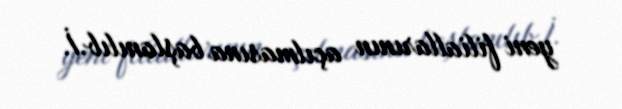
yeni filiallarının açılmasına başlanılıb.İ.